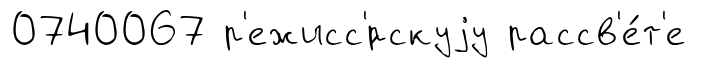
0740067 р'ежисс'́рскуjу рассв'е́т'е